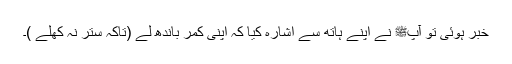
خبر ہوئی تو آپﷺ نے اپنے ہاتھ سے اشارہ کیا کہ اپنی کمر باندھ لے (تاکہ ستر نہ کھلے )۔